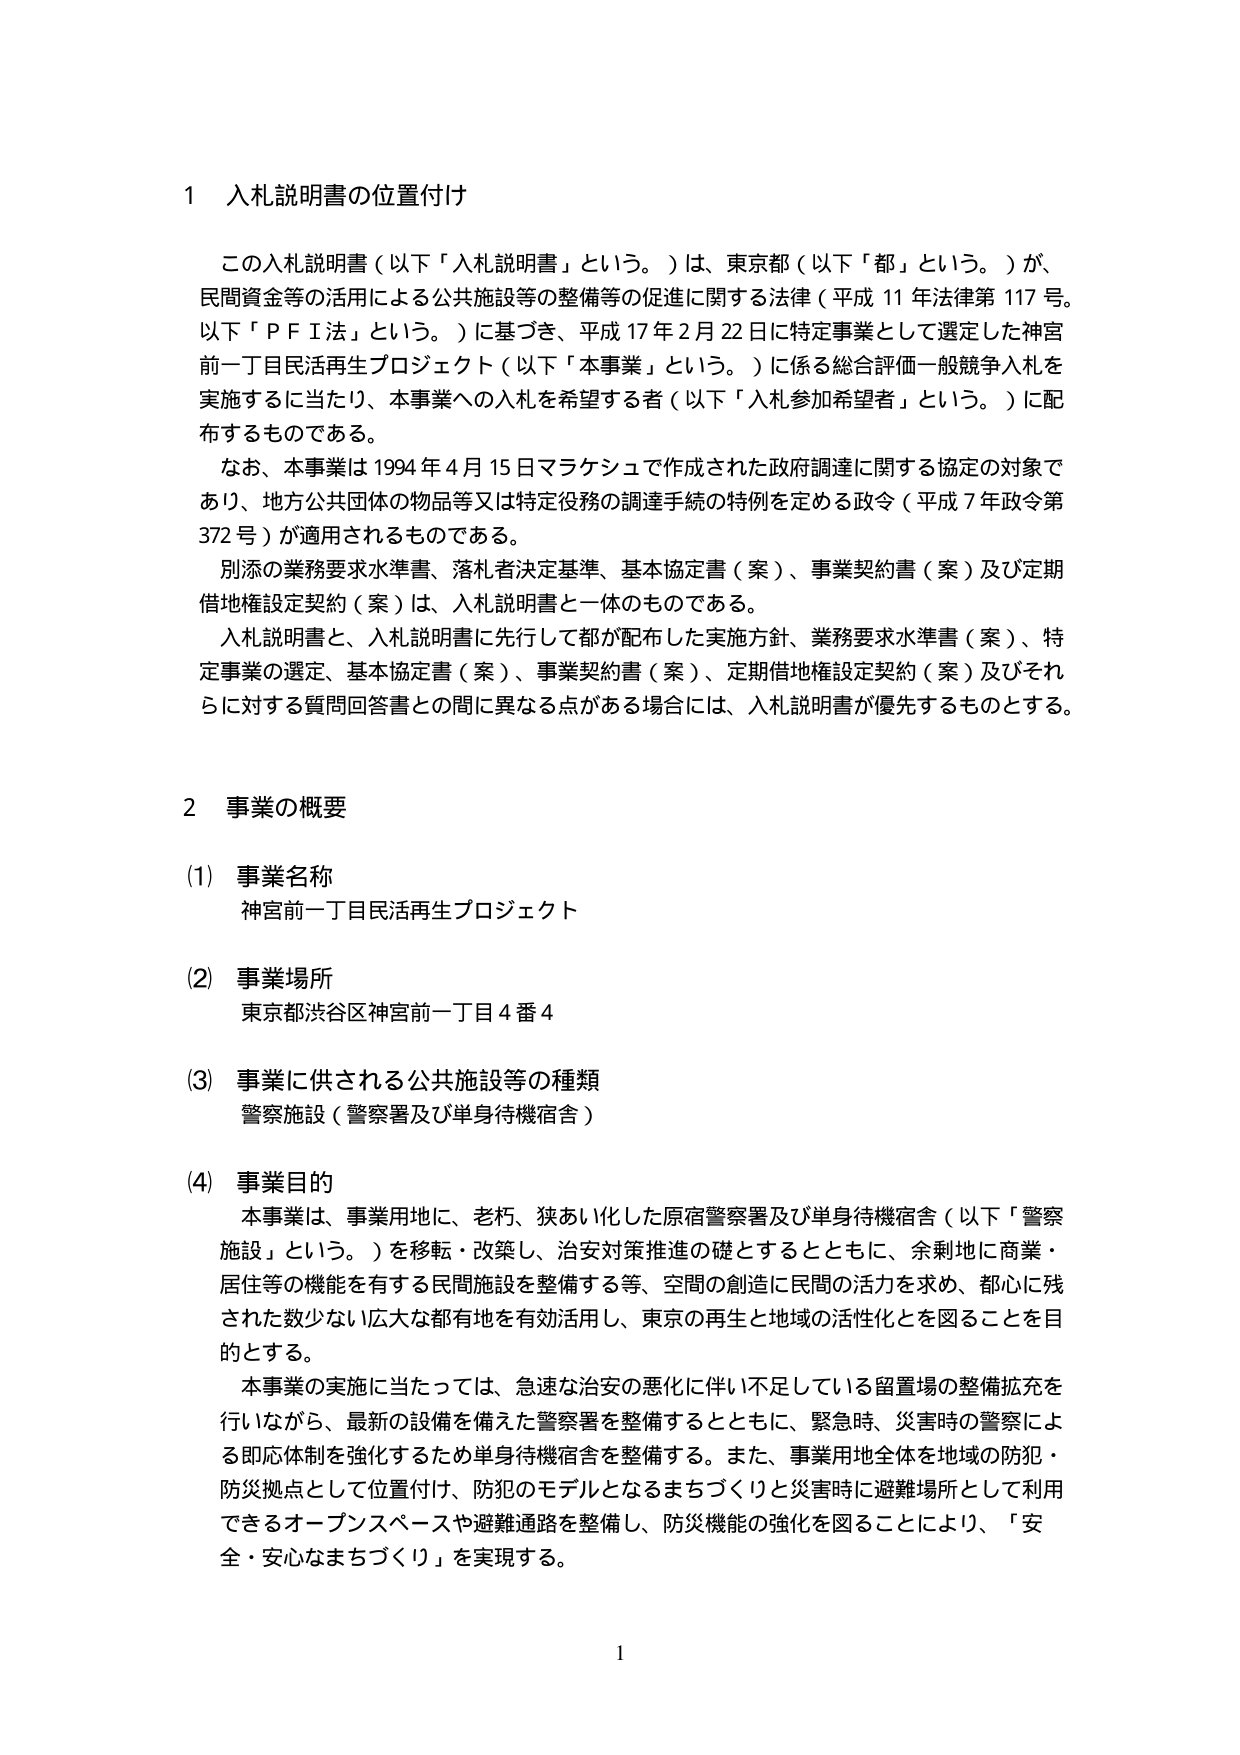
1 入札説明書の位置付け

この入札説明書（以下「入札説明書」という。）は、東京都（以下「都」という。）が、民間資金等の活用による公共施設等の整備等の促進に関する法律（平成11年法律第117号。以下「ＰＦＩ法」という。）に基づき、平成17年2月22日に特定事業として選定した神宮前一丁目民活再生プロジェクト（以下「本事業」という。）に係る総合評価一般競争入札を実施するに当たり、本事業への入札を希望する者（以下「入札参加希望者」という。）に配布するものである。

なお、本事業は1994年4月15日マラケシュで作成された政府調達に関する協定の対象であり、地方公共団体の物品等又は特定役務の調達手続の特例を定める政令（平成7年政令第372号）が適用されるものである。

別添の業務要求水準書、落札者決定基準、基本協定書（案）、事業契約書（案）及び定期借地権設定契約（案）は、入札説明書と一体のものである。

入札説明書と、入札説明書に先行して都が配布した実施方針、業務要求水準書（案）、特定事業の選定、基本協定書（案）、事業契約書（案）、定期借地権設定契約（案）及びそれらに対する質問回答書との間に異なる点がある場合には、入札説明書が優先するものとする。

2 事業の概要

(1) 事業名称
神宮前一丁目民活再生プロジェクト

(2) 事業場所
東京都渋谷区神宮前一丁目4番4

(3) 事業に供される公共施設等の種類
警察施設（警察署及び単身待機宿舎）

(4) 事業目的
本事業は、事業用地に、老朽、狭あい化した原宿警察署及び単身待機宿舎（以下「警察施設」という。）を移転・改築し、治安対策推進の礎とするとともに、余剰地に商業・居住等の機能を有する民間施設を整備する等、空間の創造に民間の活力を求め、都心に残された数少ない広大な都有地を有効活用し、東京の再生と地域の活性化とを図ることを目的とする。

本事業の実施に当たっては、急速な治安の悪化に伴い不足している留置場の整備拡充を行いながら、最新の設備を備えた警察署を整備するとともに、緊急時、災害時の警察による即応体制を強化するため単身待機宿舎を整備する。また、事業用地全体を地域の防犯・防災拠点として位置付け、防犯のモデルとなるまちづくりと災害時に避難場所として利用できるオープンスペースや避難通路を整備し、防災機能の強化を図ることにより、「安全・安心なまちづくり」を実現する。

1